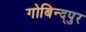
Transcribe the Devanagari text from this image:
गोबिन्द्पुर